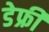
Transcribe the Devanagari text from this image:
डेफ्री